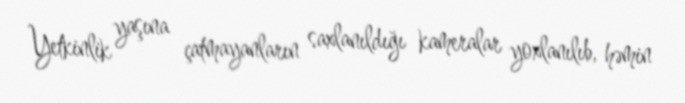
Yetkinlik yaşına çatmayanların saxlanıldığı kameralar yoxlanılıb, həmin